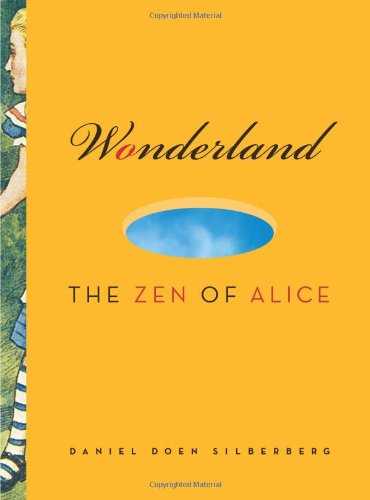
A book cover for Wonderland: The Zen of Alice; Daniel Doen Silberberg; Humor & Entertainment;